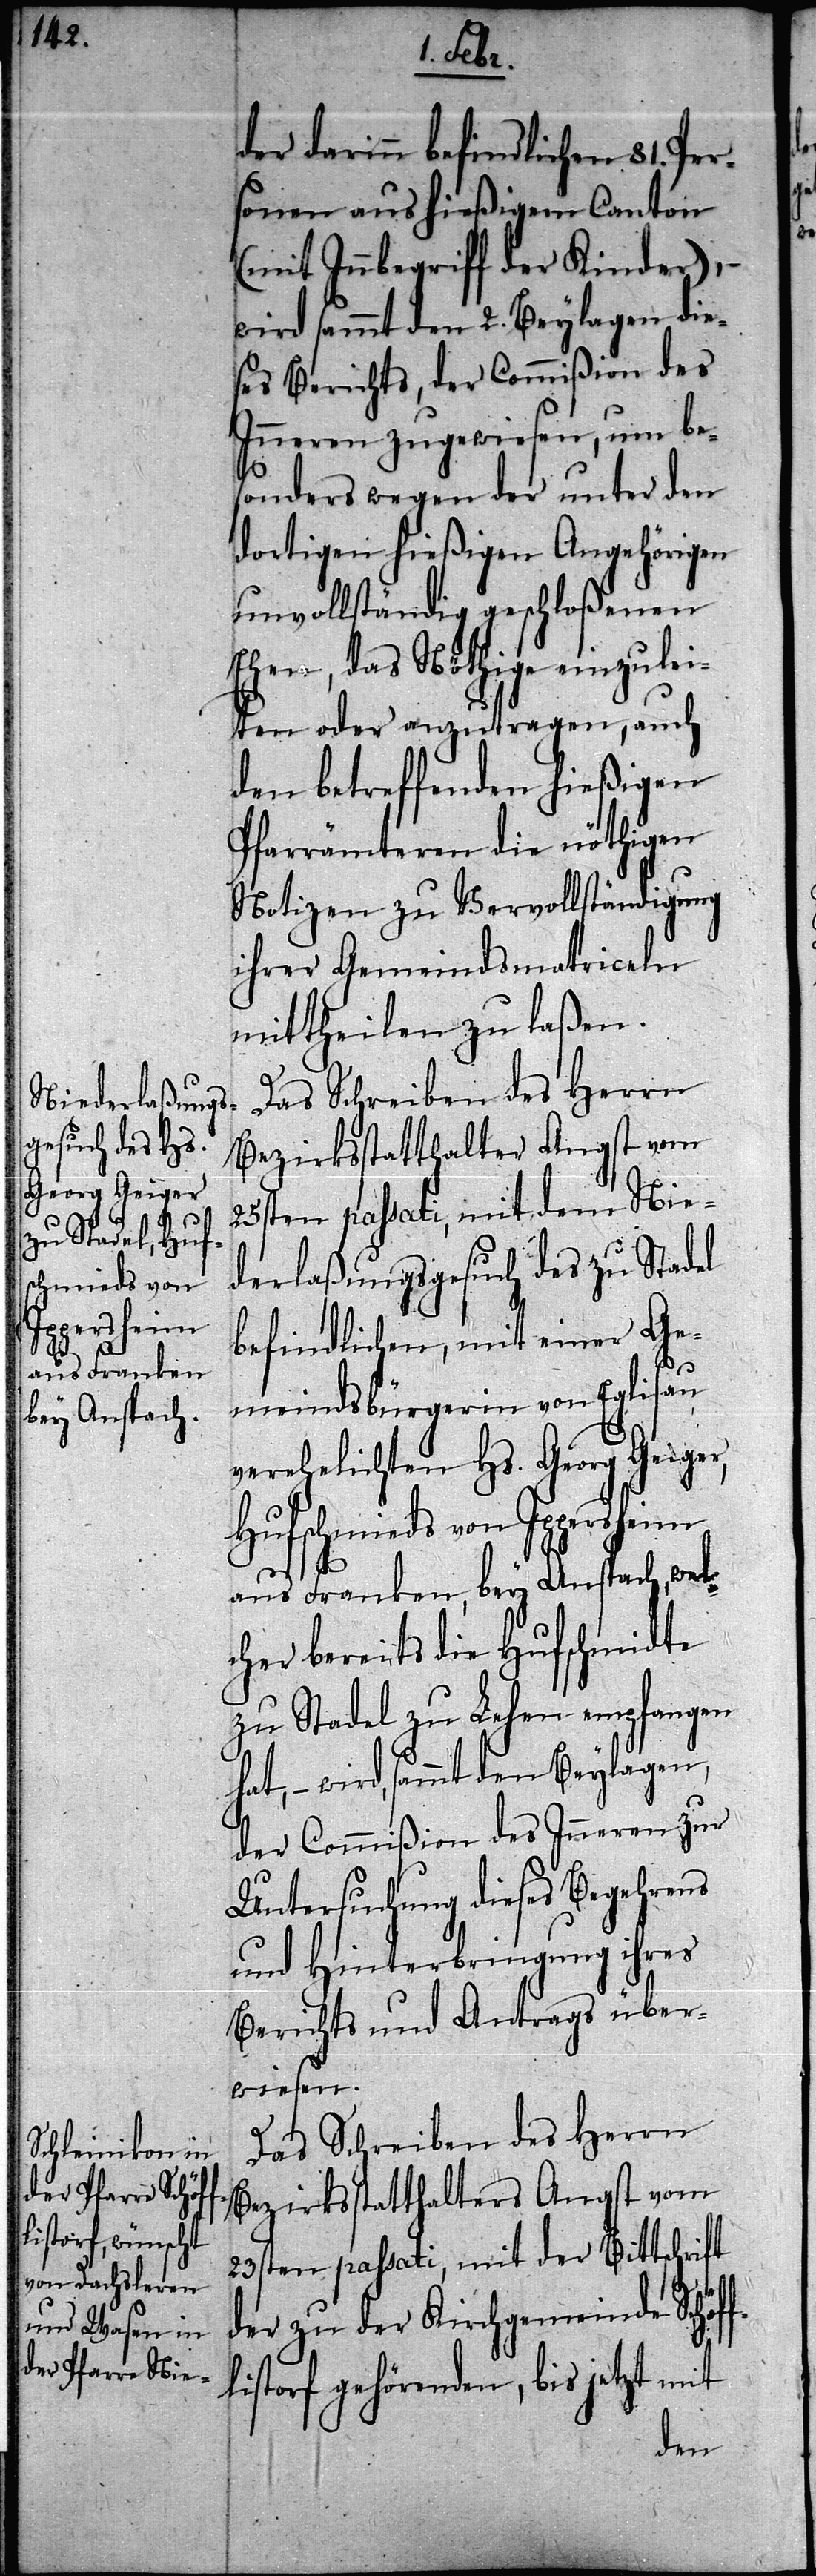
der darinn befindlichen 81. Per¬
sonen aus hießigem Canton
(mit Innbegriff der Kinder), –
wird sammt den 2. Beylagen die¬
ses Berichts, der Commißion des
Inneren zugewiesen, um be¬
sonders wegen der unter den
unvollständig geschloßenen
Ehen, das Nöthige einzulei¬
ten oder anzutragen, auch
den betreffenden hießigen
Pfarrämtern die nöthigen
Notizen zu Vervollständigung
ihrer Gemeindsmatriceln
mittheilen zu laßen.
Das Schreiben des Herrn
Bezirksstatthalter Angst vom
25sten passati mit dem Nie¬
derlaßungsgesuch des zu Stadel
befindlichen, mit einer Ge¬
meindsbürgerin von Eglisau
verehelichten Hs. Georg Geiger,
Hufschmieds von Ippersheim
aus Franken, bey Anspach, wel¬
cher bereits die Hufschmidte
zu Stadel zu Lehen empfangen
– wird, sammt den Beylagen,
der Commißion des Inneren zur
Untersuchung dieses Begehrens
und Hinterbringung ihres
Berichts und Antrags über¬
wiesen.
Das Schreiben des Herrn
Bezirksstatthalters Angst vom
23sten passati, mit der Bittschrift
der zu der Kirchgemeinde Schöff¬
listorf gehörenden, bis jetzt mit